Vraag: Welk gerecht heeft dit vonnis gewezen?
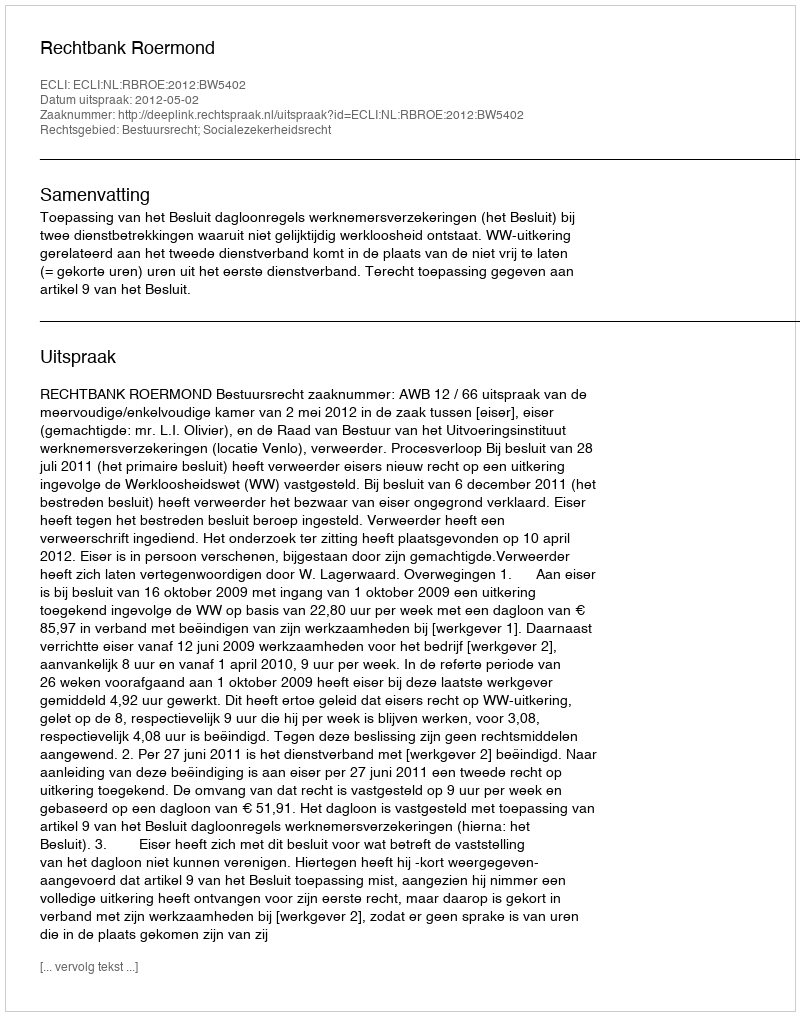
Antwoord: Rechtbank Roermond